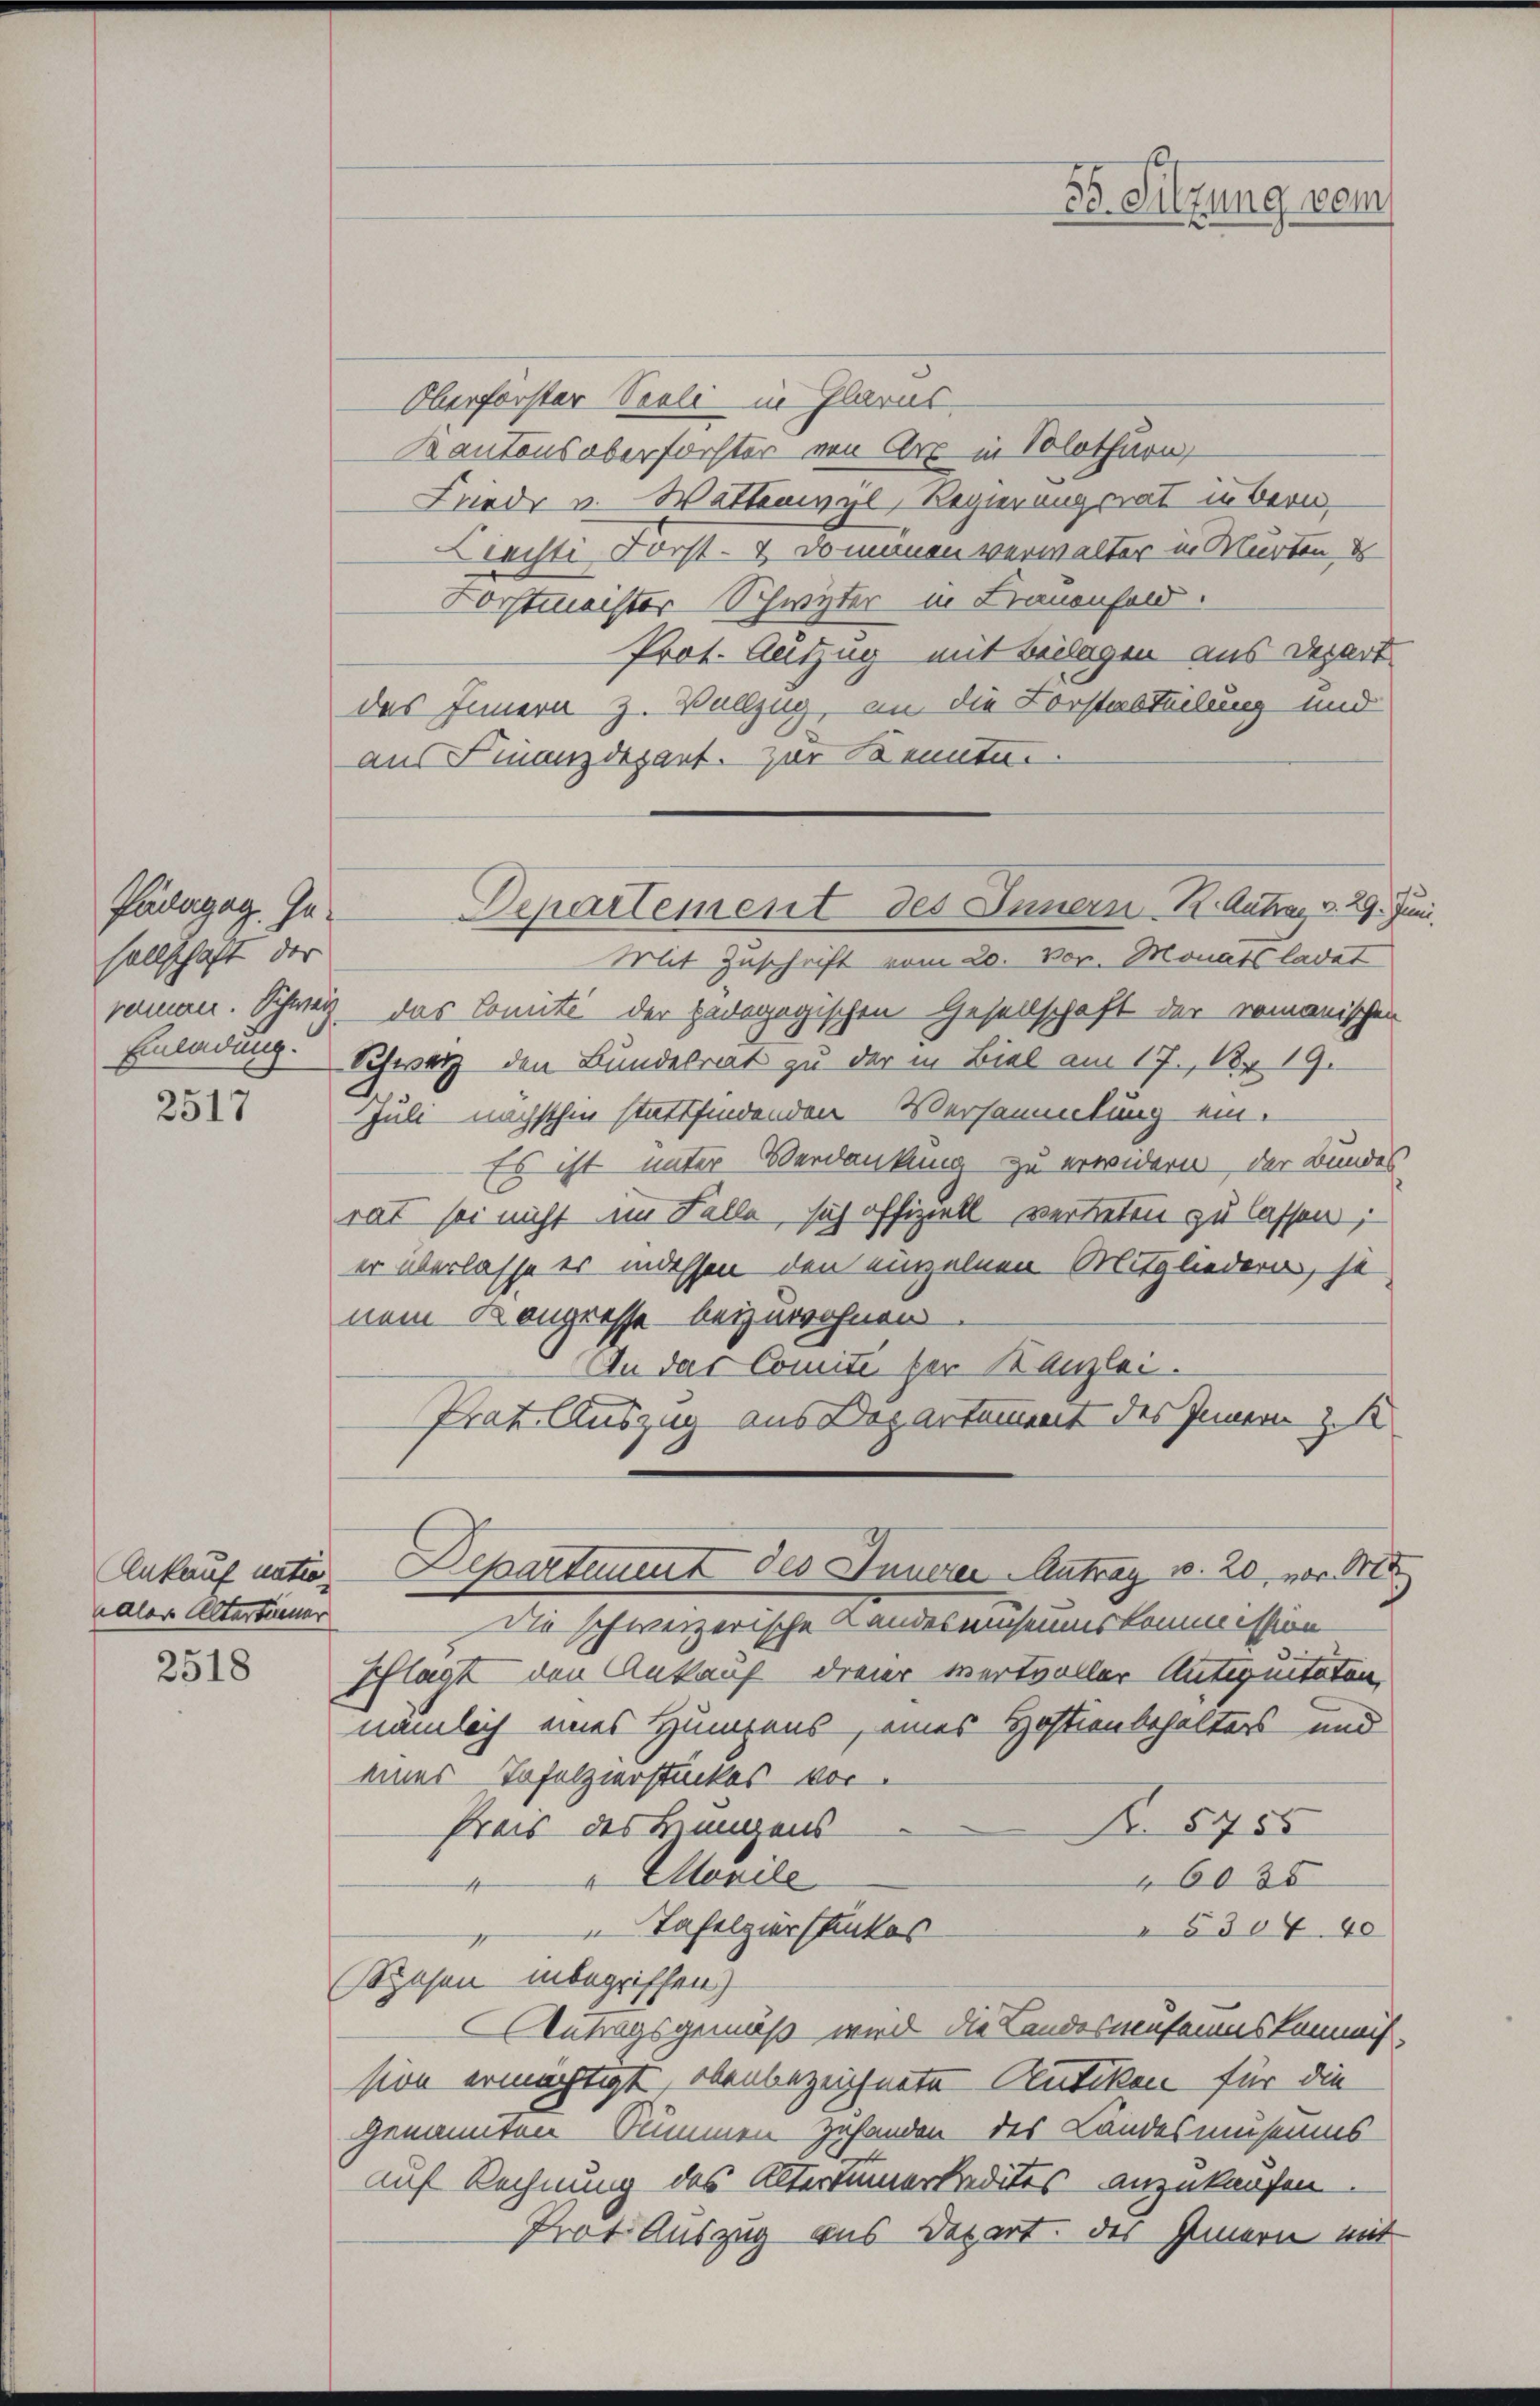
Pädagog. In-
sellschaft der

2517

Ankauf natio
alor Altertreuer

2518

Oberforster Seeli in Glarus,
Kantons oberfochter von Arx in Solothurn,
Friedr u. Wattenwyl, Regierungsrat inbern
Riechti Forst- & Domanen verwalter in Würten d
Forstmeister Schwyter in Frauenhold.
Prot. Auszug mit Beilagen aus Depart
des Innern z. Wallzug, an die Vorstabteilung und
aus Finanzdepart. zur Kennten.
Mit Zuschrift vom 20. vor. Monats ladet
römen. Schweiz das Comité der pedagogischen Gesellschaft der romanischen
Einladung. Schwarz den Bundesrat zu der in Biel am 17., 1. 19.
Juli nächsthin stattfindenden Versammlung ein¬
Es ist unter Verdankung zu erwidern der Bundes
rat sei nicht im Falle, sich offiziell vertreten zu lassen;
er überlasse er indessen den einzelnen Mitgliedern, je
nem Kongresse beizuwohnen
An das Comité ser Kanzlei.
Prat Auszug aus Departement des Innern z
Departement des Innerer Antrag v. 20, vor M
Die schweizerische Landeseiseumskommission
Pflägt den Ankauf dreier wertvoller Antiquitaten,
nämlich eines Humpens, eines Hoftienbehalters und
eines Tofolzierstückes vor.
Fr. 5755
Preis des Brungens
Marile
6035
Tafelzuerstückes
5304. 40
(Spesen inbegriffen)
Antragsgemäß wird die Landesmuseumskommis-
sion ermächtigt, obenbezeichnete Antiken für die
genannten Summen Zuhanden des Landesmuseums
auf Rechnung des Altertümerkredites anzukaufen.
Prot. Auszug aus Depart. des Innern mit

Departement des Innern K. Antrag v. 29. Juni,

56. Sitzung vom